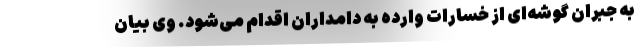
به جبران گوشه‌ای از خسارات وارده به دامداران اقدام می‌شود. وی بیان